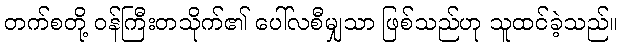
တက်စတို့ ဝန်ကြီးတသိုက်၏ ပေါ်လစီမျှသာ ဖြစ်သည်ဟု သူထင်ခဲ့သည်။